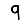
Digit: 9